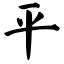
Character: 平